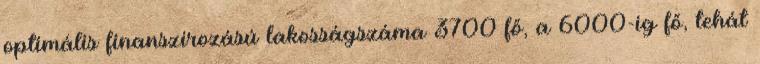
optimális finanszírozású lakosságszáma 3700 fő, a 6000-ig fő, tehát